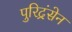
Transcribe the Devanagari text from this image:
पुरिद्रंसेन